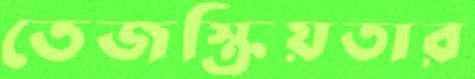
তেজস্ক্রিয়তার